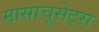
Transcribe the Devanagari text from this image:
मासाचूसेट्स